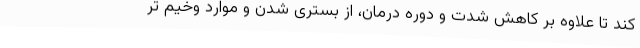
کند تا علاوه بر کاهش شدت و دوره درمان، از بستری شدن و موارد وخیم تر